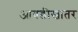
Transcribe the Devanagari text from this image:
आवडीखातर